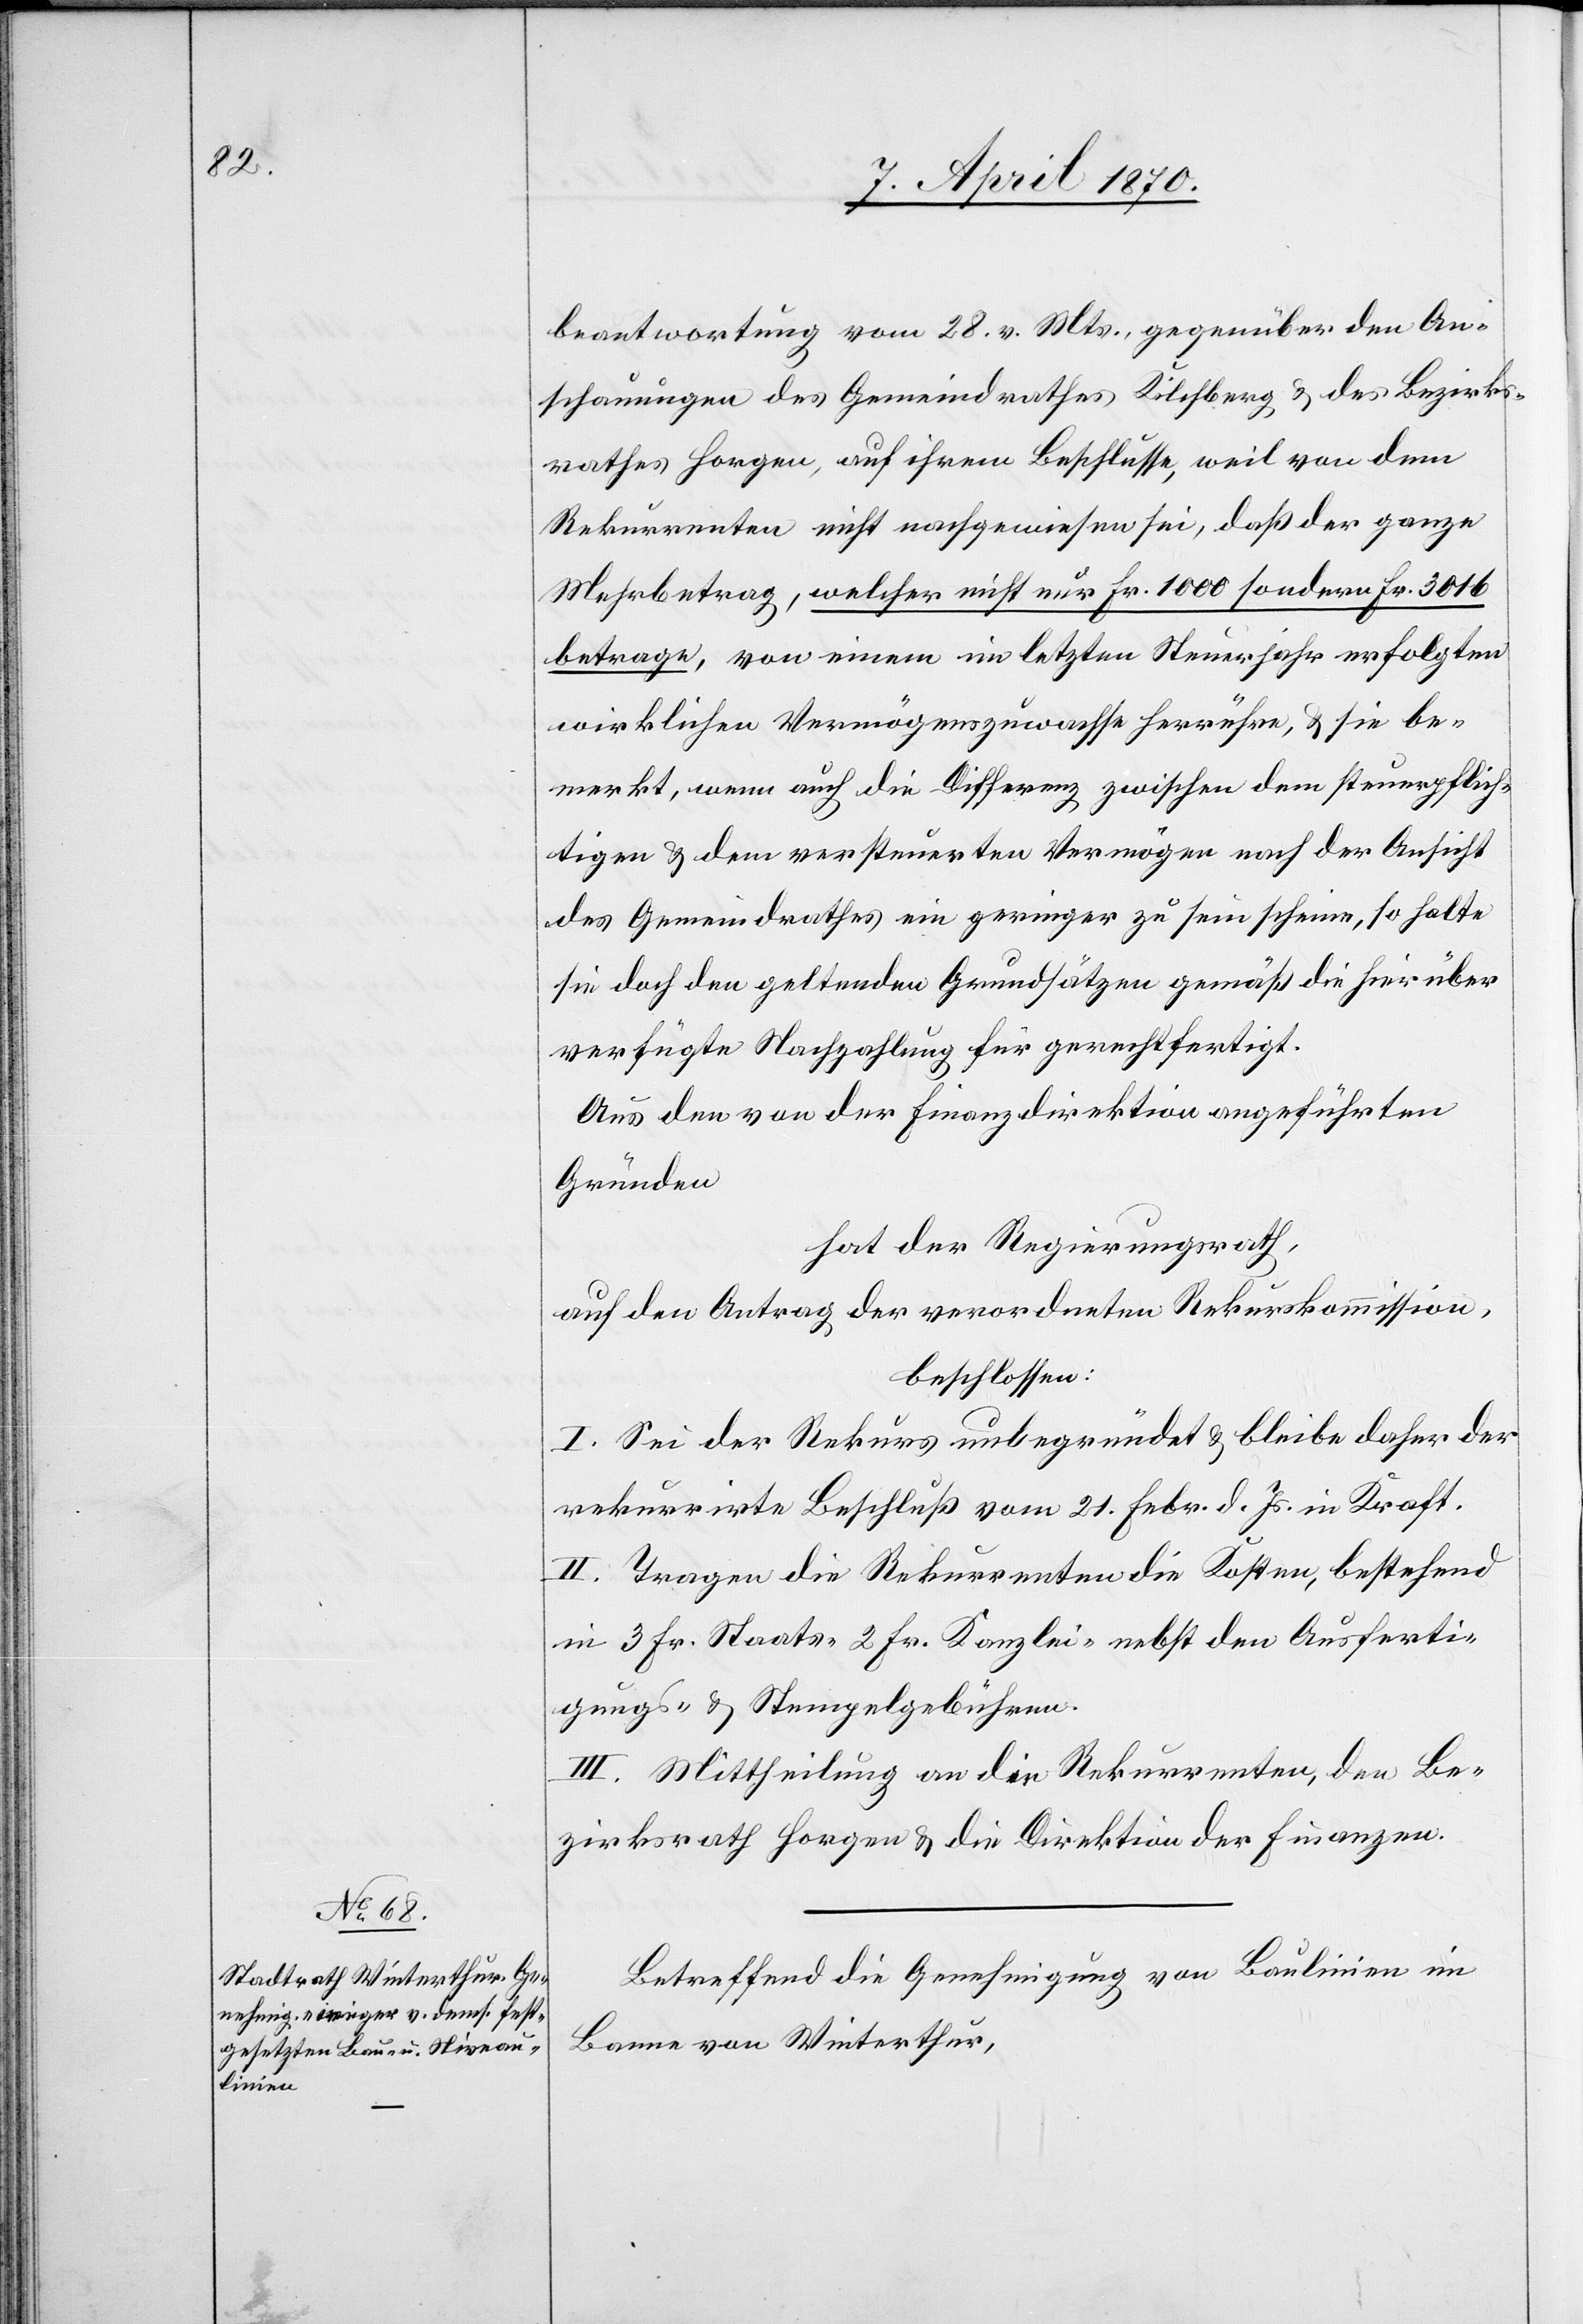
beantwortung vom 28. vor. Mts., gegenüber den An¬
schauungen des Gemeindrathes Kilchberg & des Bezirks¬
rathes Horgen, auf ihrem Beschlusse, weil von dem
Rekurrenten nicht nachgewiesen sei, daß der ganze
Mehrbetrag, welcher nicht nur Fr. 1000 sondern Fr. 3016
betrage, von einem im letzten Steuerjahr erfolgten
wirklichen Vermögenszuwachse herrühre, & sie be¬
merkt, wenn auch die Differenz zwischen dem steuerpflich¬
tigen & dem versteuerten Vermögen nach der Ansicht
des Gemeindrathes ein geringer zu sein scheine, so halte
sie doch den geltenden Grundsätzen gemäß die hierüber
verfügte Nachzahlung für gerechtfertigt.
Aus den von der Finanzdirektion angeführten
Gründen
hat der Regierungsrath,
auf den Antrag der verordneten Rekurskommission,
beschlossen:
I. Sei der Rekurs unbegründet & bleibe daher der
rekurrirte Beschluß vom 21. Febr. d. Js. in Kraft.
II. Tragen die Rekurrenten die Kosten, bestehend
in 3 Fr. Staats-[,] 2 Fr. Kanzlei- nebst den Ausferti¬
gungs- & Stempelgebühren.
III. Mittheilung an die Rekurrenten, den Be¬
zirksrath Horgen & die Direktion der Finanzen.
Betreffend die Genehmigung von Baulinien im
Banne von Winterthur,